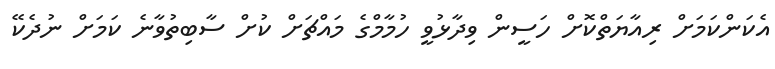
އެކަންކަމަށް ރިއާޔަތްކޮށް ހަސީން ވިދާޅުވީ ހުމާމްގެ މައްޗަށް ކުށް ސާބިތުވާނެ ކަމަށް ނުދެކޭ